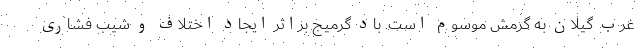
غرب گیلان به گرمش موسوم است. باد گرمیج براثر ایجاد اختلاف و شیب فشاری